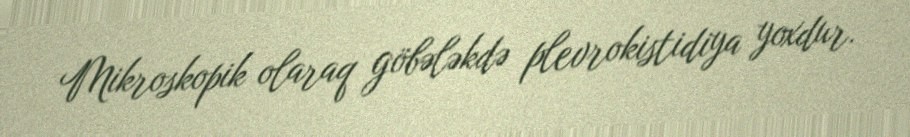
Mikroskopik olaraq göbələkdə plevrokistidiya yoxdur.